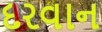
દરવાન